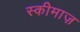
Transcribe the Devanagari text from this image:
स्कीमाज़